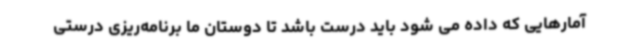
آمارهایی که داده می شود باید درست باشد تا دوستان ما برنامه‌ریزی درستی